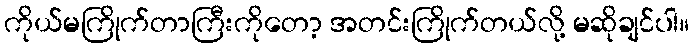
ကိုယ်မကြိုက်တာကြီးကိုတော့ အတင်းကြိုက်တယ်လို့ မဆိုချင်ပါ။